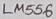
Text: LM556